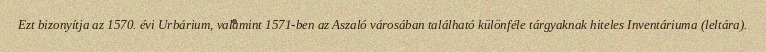
Ezt bizonyítja az 1570. évi Urbárium, valamint 1571-ben az Aszaló városában található különféle tárgyaknak hiteles Inventáriuma (leltára).